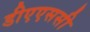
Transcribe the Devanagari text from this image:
डीएएससी